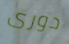
دورى